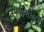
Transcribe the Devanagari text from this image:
उपयोगामुळे